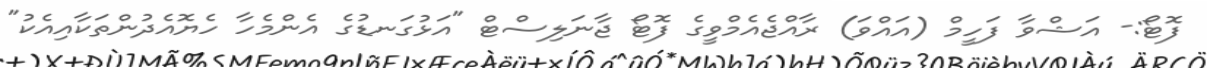
ފޮޓޯ:- އަޝްވާ ފަހީމް (އައްވަ) ރާއްޖެއެމްވީގެ ފޮޓޯ ޖާނަލިސްޓް "އަޅުގަނޑުގެ އެންމެހާ ހެޔޮއެދުންތަކާއިއެކު"